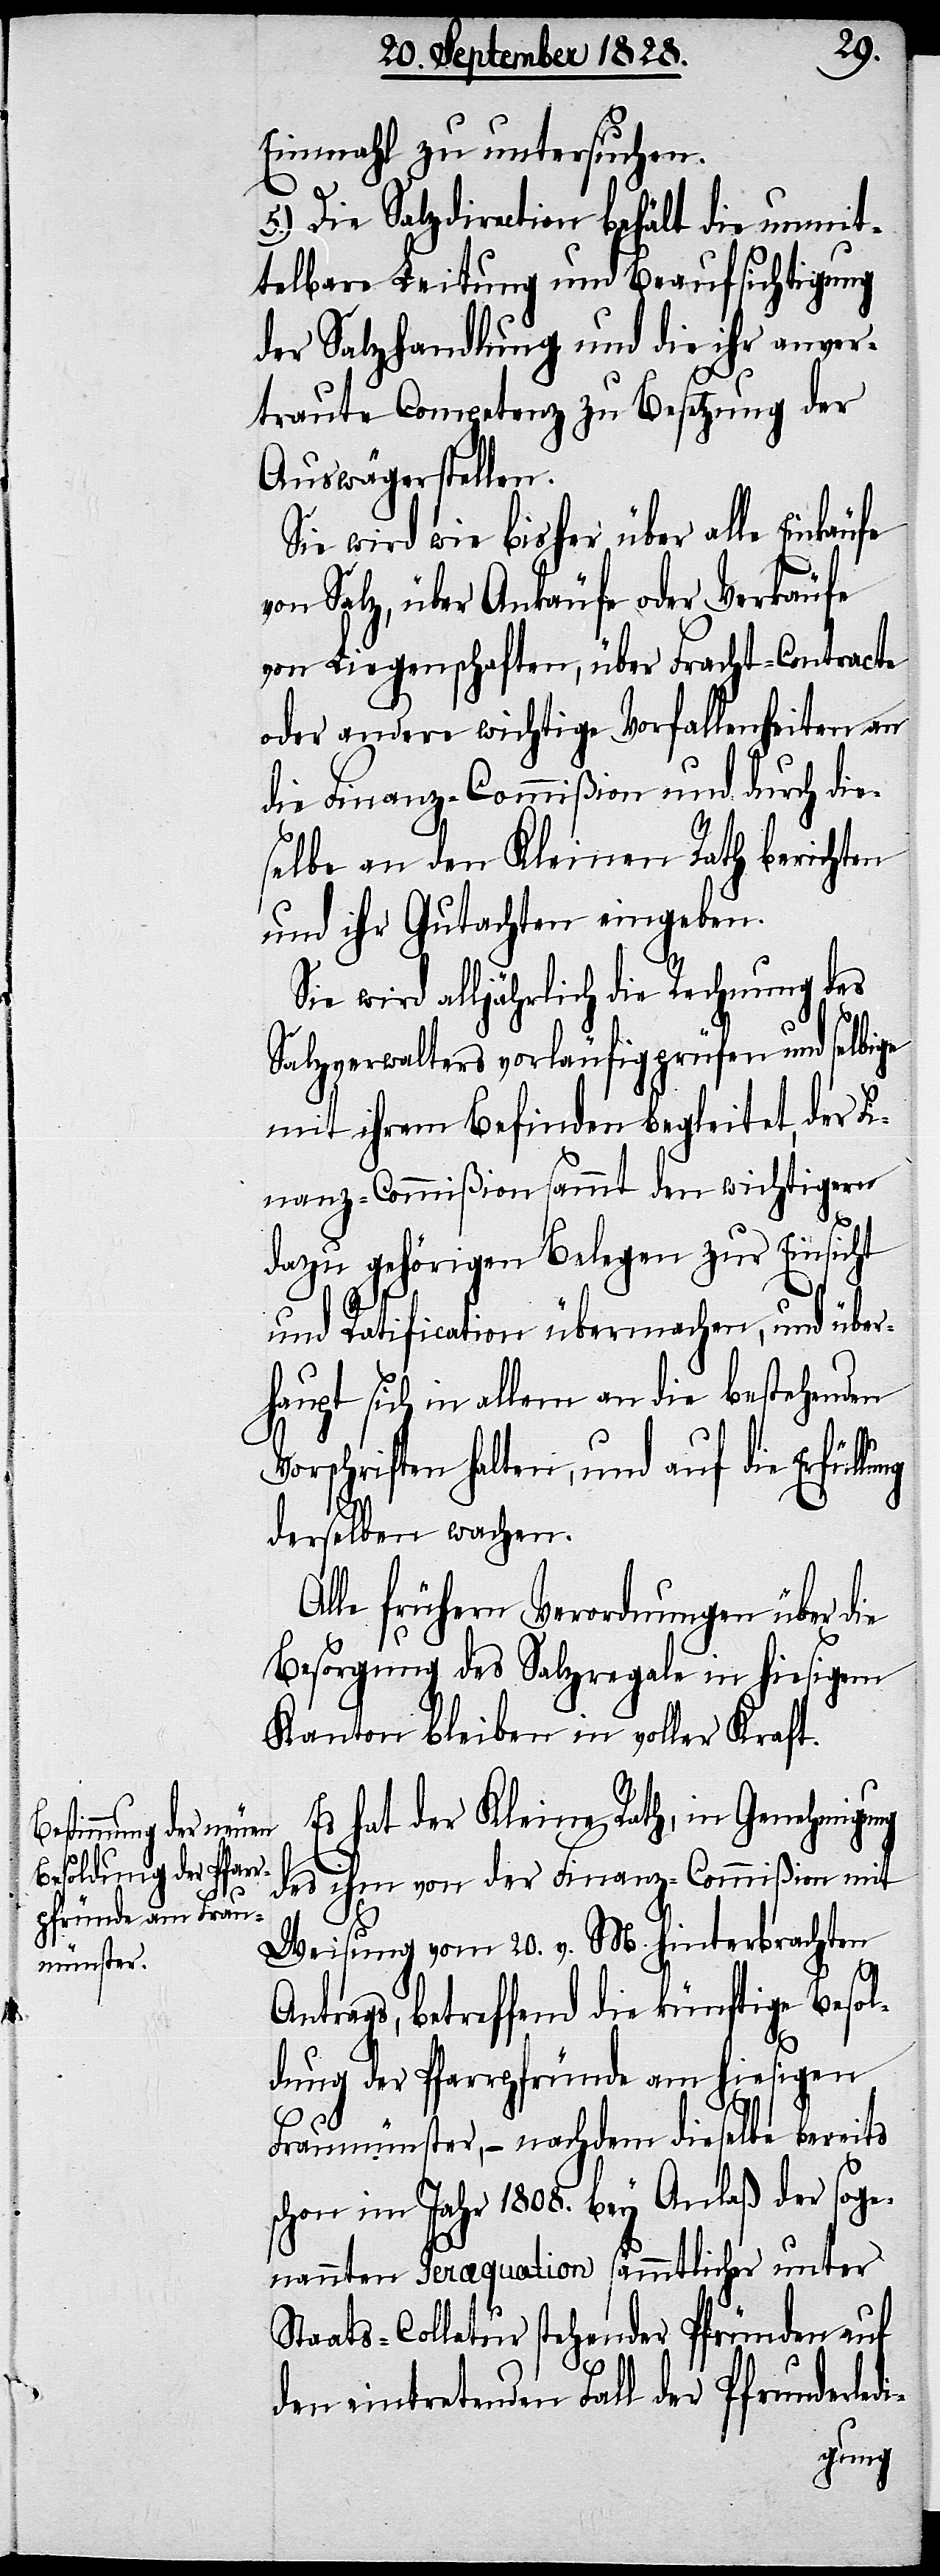
Einmahl zu untersuchen.
5.) Die Salzdirection behält die unmit¬
telbare Leitung und Beaufsichtigung
der Salzhandlung und die ihr anver¬
traute Competenz zu Besetzung der
Auswägerstellen.
Sie wird wie bisher über alle Einkäufe
von Salz, über Ankäufe oder Verkäufe
von Liegenschaften, über Fracht-Contracte
oder andre wichtige Vorfallenheiten an
die Finanz-Commißion und durch die¬
selbe an den Kleinen Rath berichten
und ihr Gutachten eingeben.
Sie wird alljährlich die Rechnung des
Salzverwalters vorläufig prüfen und selbige
mit ihrem Befinden begleitet, der Fi¬
nanz-Commißion sammt den wichtigern
dazu gehörigen Belegen zur Einsicht
und Ratification übermachen, und über¬
haupt sich in allem an die bestehenden
Vorschriften halten, und auf die Erfül¬
derselben wachen.
Alle frühern Verordnungen über die
Besorgung der Salzregale in hiesigem
Kanton bleiben in voller Kraft.
Es hat der Kleine Rath, in Genehmigung
des ihm von der Finanz-Commißion mit
Weisung vom 20. v. M. hinterbrachten
Antrags, betreffend die künftige Beso¬
ldung der Pfarrpfründe am hiesigen
Fraumünster, – nachdem dieselbe bereits
schon im Jahr 1808. bey Anlaß der soge¬
nannten Peræquations sämmtlicher unter
Staats-Collatur stehender Pfründen auf
den eintretenden Fall der Pfrunderledi-
lung